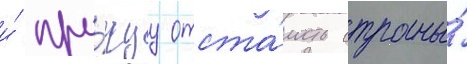
и́ про́чуу отста́лость страны́